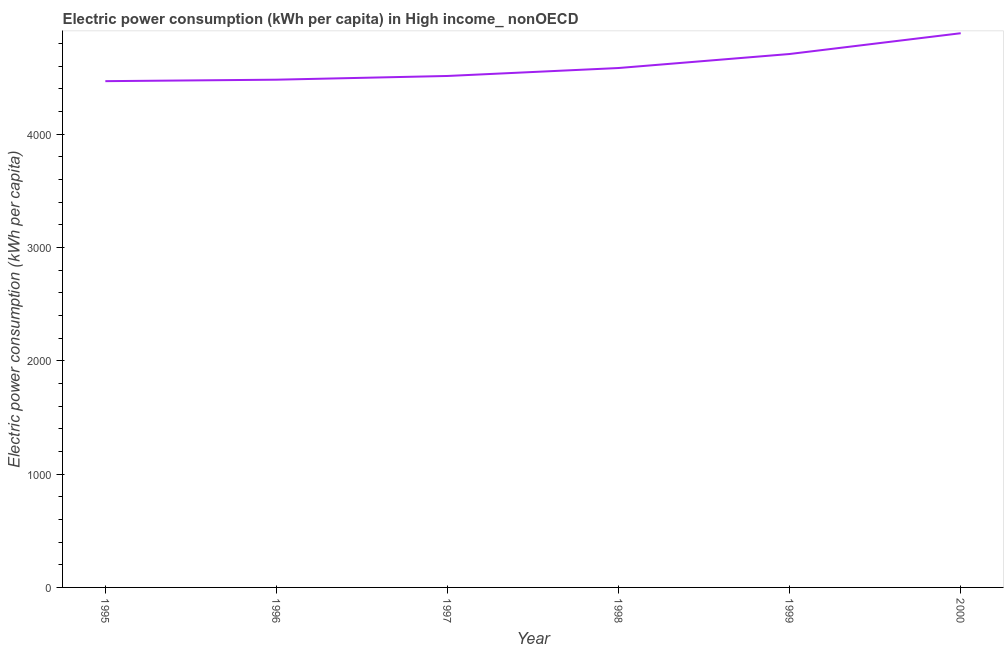
| Year | Electric power consumption |
 | --- | --- |
 | 1995 | 4.47e+03 |
 | 1996 | 4.48e+03 |
 | 1997 | 4.51e+03 |
 | 1998 | 4.58e+03 |
 | 1999 | 4.71e+03 |
 | 2000 | 4.89e+03 |